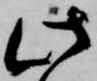
此